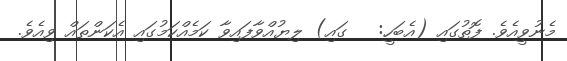
މެނުވީއެވެ. ފޮތުގައި (އެބަހީ:   ގައި) ލިޔުއްވާފައިވާ ކަމެއްކަމުގައި އެކަންތައް ވިއެވެ.